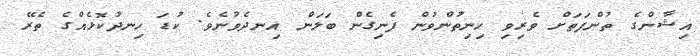
އިޝާންގެ ތުންފަތަށް ވެރިވި ހިނިތުންވުން ފެނިގެން ބަލަން އިނދެވުނެވެ. ކުޑަ ހިނދުކޮޅެއްގެ ތެރޭ